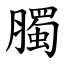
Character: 臅